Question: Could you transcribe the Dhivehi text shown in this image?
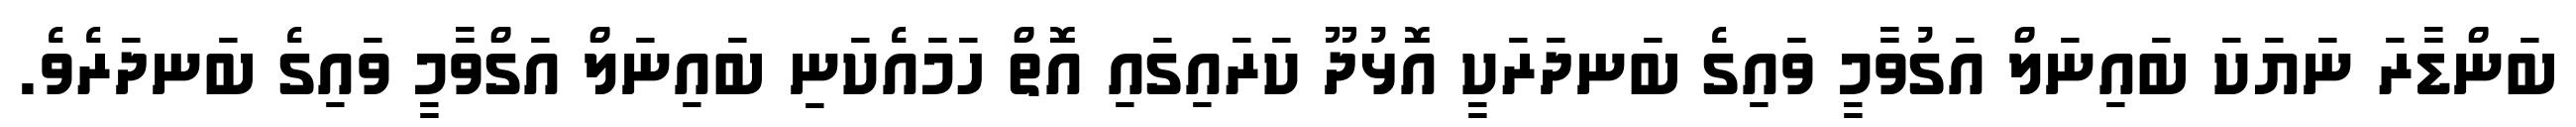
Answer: ބަންޑާރަ ނަޔަކަ ބައިނަލް އަގުވާމީ ވައިގެ ބަނދަރަކީ އޮޅުދޫ ކަރައިގައި އޮތް ހަމައެކަނި ބައިނަލް އަގްވާމީ ވައިގެ ބަނދަރެވެ.